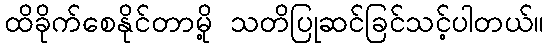
ထိခိုက်စေနိုင်တာမို့ သတိပြုဆင်ခြင်သင့်ပါတယ်။